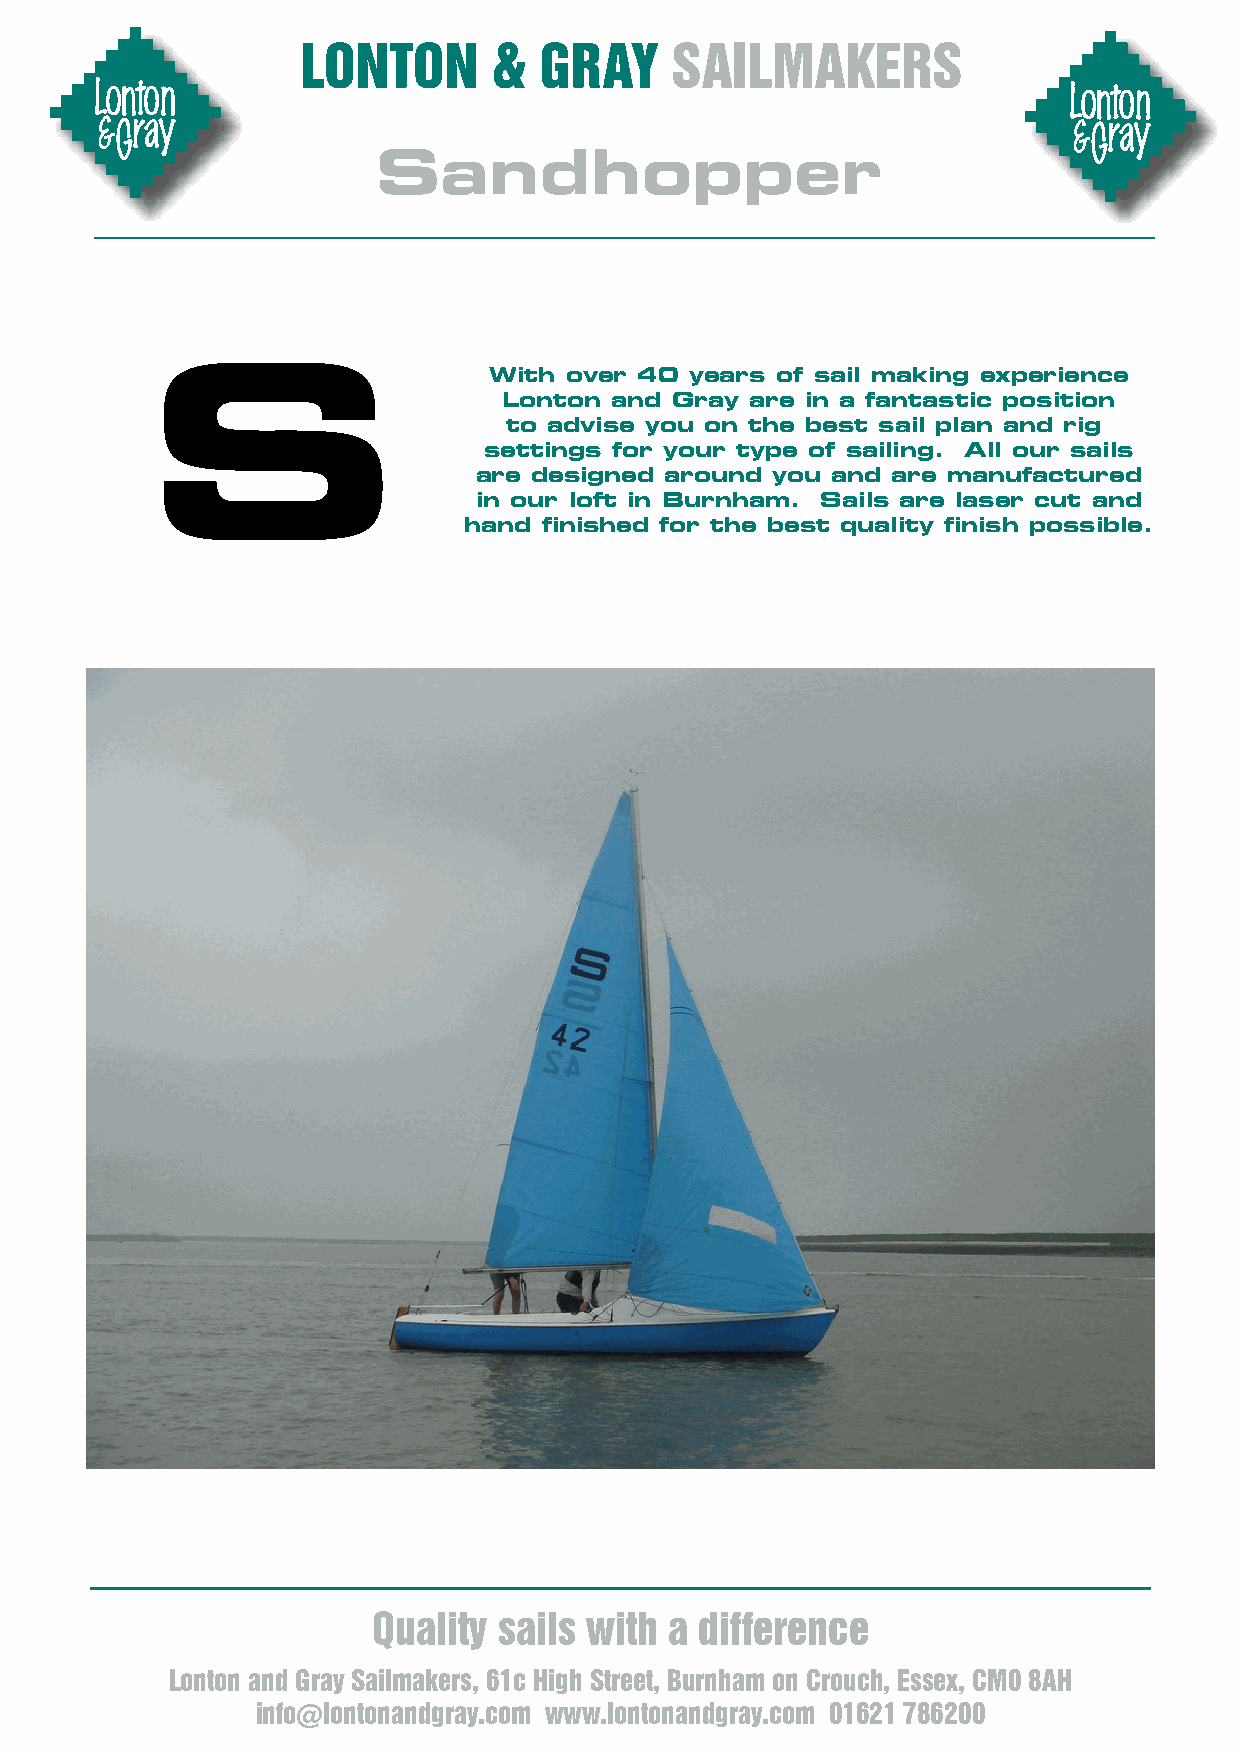
LONTON       &  GRAY    SAILMAKERS
 Sandhopper
 S                     With over 40  years of sail making experience
 Lonton and Gray  are in a fantastic position
 to advise you on the best sail plan and rig
 settings for your type of sailing. All our sails
 are designed around you and are manufactured
 in our loft in Burnham. Sails are laser cut and
 hand finished for the best quality finish possible.
 Quality sails with a difference
 Lonton and Gray Sailmakers, 61c High Street, Burnham on Crouch, Essex, CM0 8AH
 info@lontonandgray.com www.lontonandgray.com 01621 786200